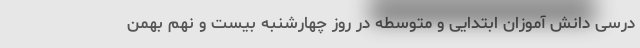
درسی دانش آموزان ابتدایی و متوسطه در روز چهارشنبه بیست و نهم بهمن